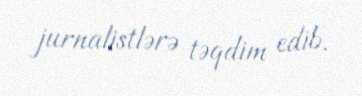
jurnalistlərə təqdim edib.